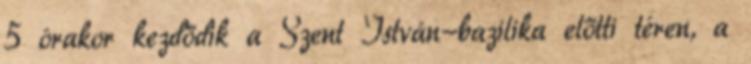
5 órakor kezdődik a Szent István-bazilika előtti téren, a